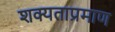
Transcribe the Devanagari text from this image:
शक्यताप्रमाण